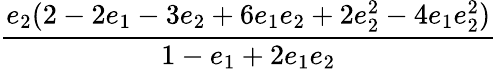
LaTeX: \displaystyle\frac{e_{2}(2-2e_{1}-3e_{2}+6e_{1}e_{2}+2e_{2}^{2}-4e_{1}e_{2}^{2})}{1-e_{1}+2e_{1}e_{2}}